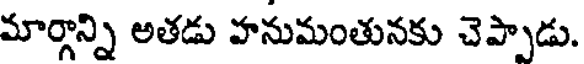
మార్గాన్ని అతడు హనుమంతునకు చెప్పాడు.